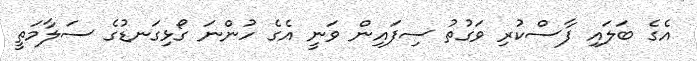
އެގެ ބަލައި ފާސްކުރި ވަގުތު ސިފައިން ވަނީ އެގެ ހުންނަ ގޯޅިގަނޑުގެ ސަލާމަތީ